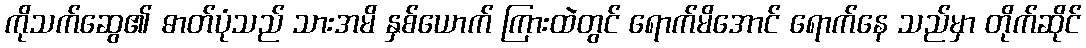
ကိုသက်ဆွေ၏ ဓာတ်ပုံသည် သားအမိ နှစ်ယောက် ကြားထဲတွင် ရောက်မိအောင် ရောက်နေ သည်မှာ တိုက်ဆိုင်